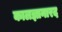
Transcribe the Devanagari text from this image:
कालज्ञानारद